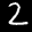
Label: 2